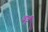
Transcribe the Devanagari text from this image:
वर्दूं